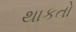
થાકતો